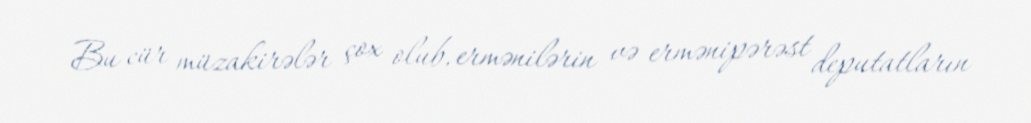
Bu cür müzakirələr çox olub, ermənilərin və ermənipərəst deputatların